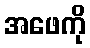
အဖေကို